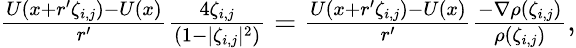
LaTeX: \begin{array}{r}{\frac{U\left(x+r^{\prime}\zeta_{i,j}\right)-U\left(x\right)}{r^{\prime}}\frac{4\zeta_{i,j}}{\left(1-|\zeta_{i,j}|^{2}\right)}=\frac{U\left(x+r^{\prime}\zeta_{i,j}\right)-U\left(x\right)}{r^{\prime}}\frac{-\nabla\rho\left(\zeta_{i,j}\right)}{\rho\left(\zeta_{i,j}\right)},}\end{array}